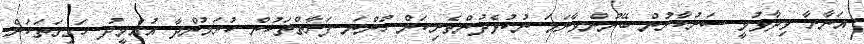
އަނާރާ ވިދާޅުވީ ސަރުކާރުން ބޭނުންވާނަމަ ނުކުޅެދުންތެރިކަން ހުންނަ ފަރާތްތަކުން ކުރަމުންދާ އުއްމީދު ހަގީގަތަކަށް